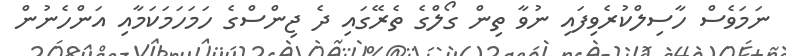
ނަމަވެސް ހާސިލްކުރެވިފައި ނުވާ ތިން ގޯލްގެ ތެރޭގައި ދެ ޖިންސްގެ ހަމަހަމަކަމާއި އަންހެނުން